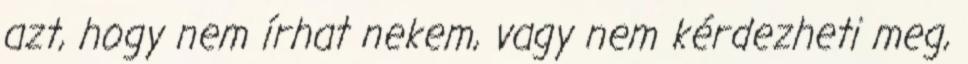
azt, hogy nem írhat nekem, vagy nem kérdezheti meg,